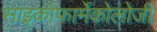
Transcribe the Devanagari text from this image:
साइकोफार्मेकोलोजी